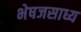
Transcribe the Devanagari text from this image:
भेषजसाध्य